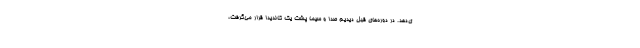
ی‌دهد. در دوره‌های قبل دیدیم صدا و سیما پشت یک کاندیدا قرار می‌گرفت،